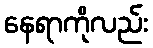
နေရာကိုလည်း